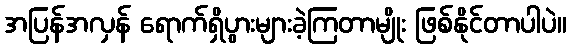
အပြန်အလှန် ရောက်ရှိပွားများခဲ့ကြတာမျိုး ဖြစ်နိုင်တာပါပဲ။